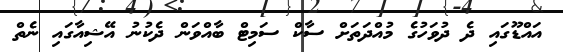
އައްޑޫގައި ދެ ދުވަހުގެ މުއްދަތަށް ސާކް ސަމިޓް ބާއްވަން ދެކުނު އޭޝިއާގައި ނެތް